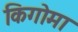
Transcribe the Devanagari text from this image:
किगोमा